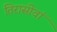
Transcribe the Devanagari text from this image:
तिरासीवां